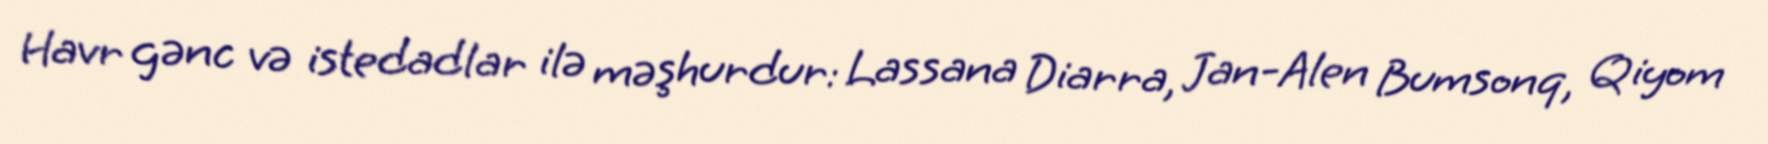
Havr gənc və istedadlar ilə məşhurdur: Lassana Diarra, Jan-Alen Bumsonq, Qiyom